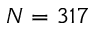
N = 3 1 7